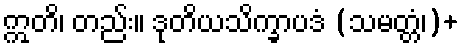
ဣတိ၊ တည်း။ ဒုတိယသိက္ခာပဒံ (သမတ္တံ၊)+